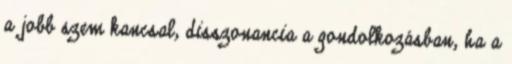
a jobb szem kancsal, disszonancia a gondolkozásban, ha a